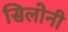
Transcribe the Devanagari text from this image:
सिलोनी